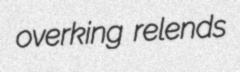
overking relends